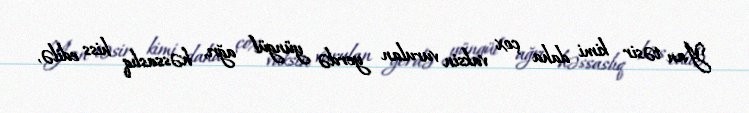
Yan təsir kimi daha çox vaksin vurulan yerdə yüngül ağrı, həssaslıq hiss edilə,